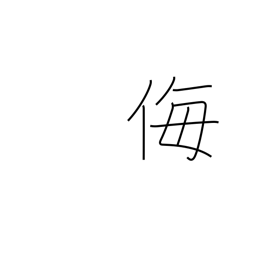
Meaning: scorn